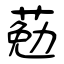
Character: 葂